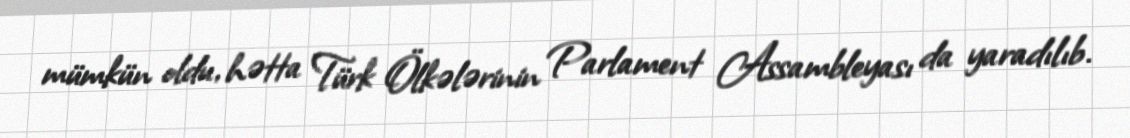
mümkün oldu, hətta Türk Ölkələrinin Parlament Assambleyası da yaradılıb.